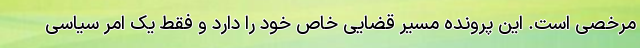
مرخصی است. این پرونده مسیر قضایی خاص خود را دارد و فقط یک امر سیاسی